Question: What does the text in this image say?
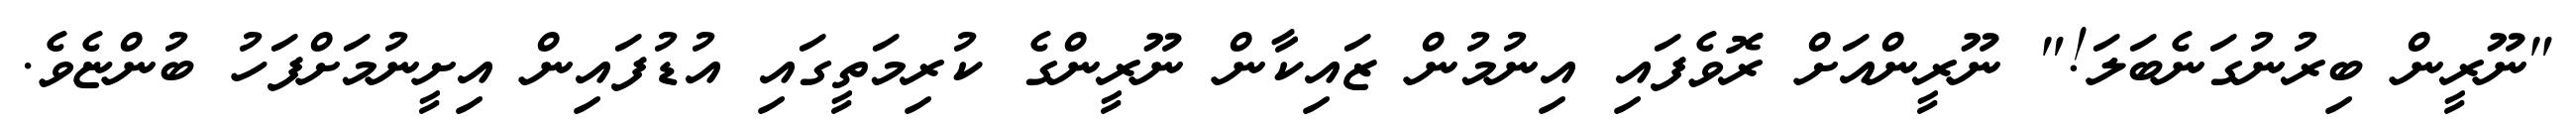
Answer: "ނޫރީން ބިރުނުގަނެބަލަ!" ނޫރީންއަށް ރޮވެފައި އިނުމުން ޒައިކާން ނޫރީންގެ ކުރިމަތީގައި އުޑުފައިން އިށީނުމަށްފަހު ބުންޏެވެ.